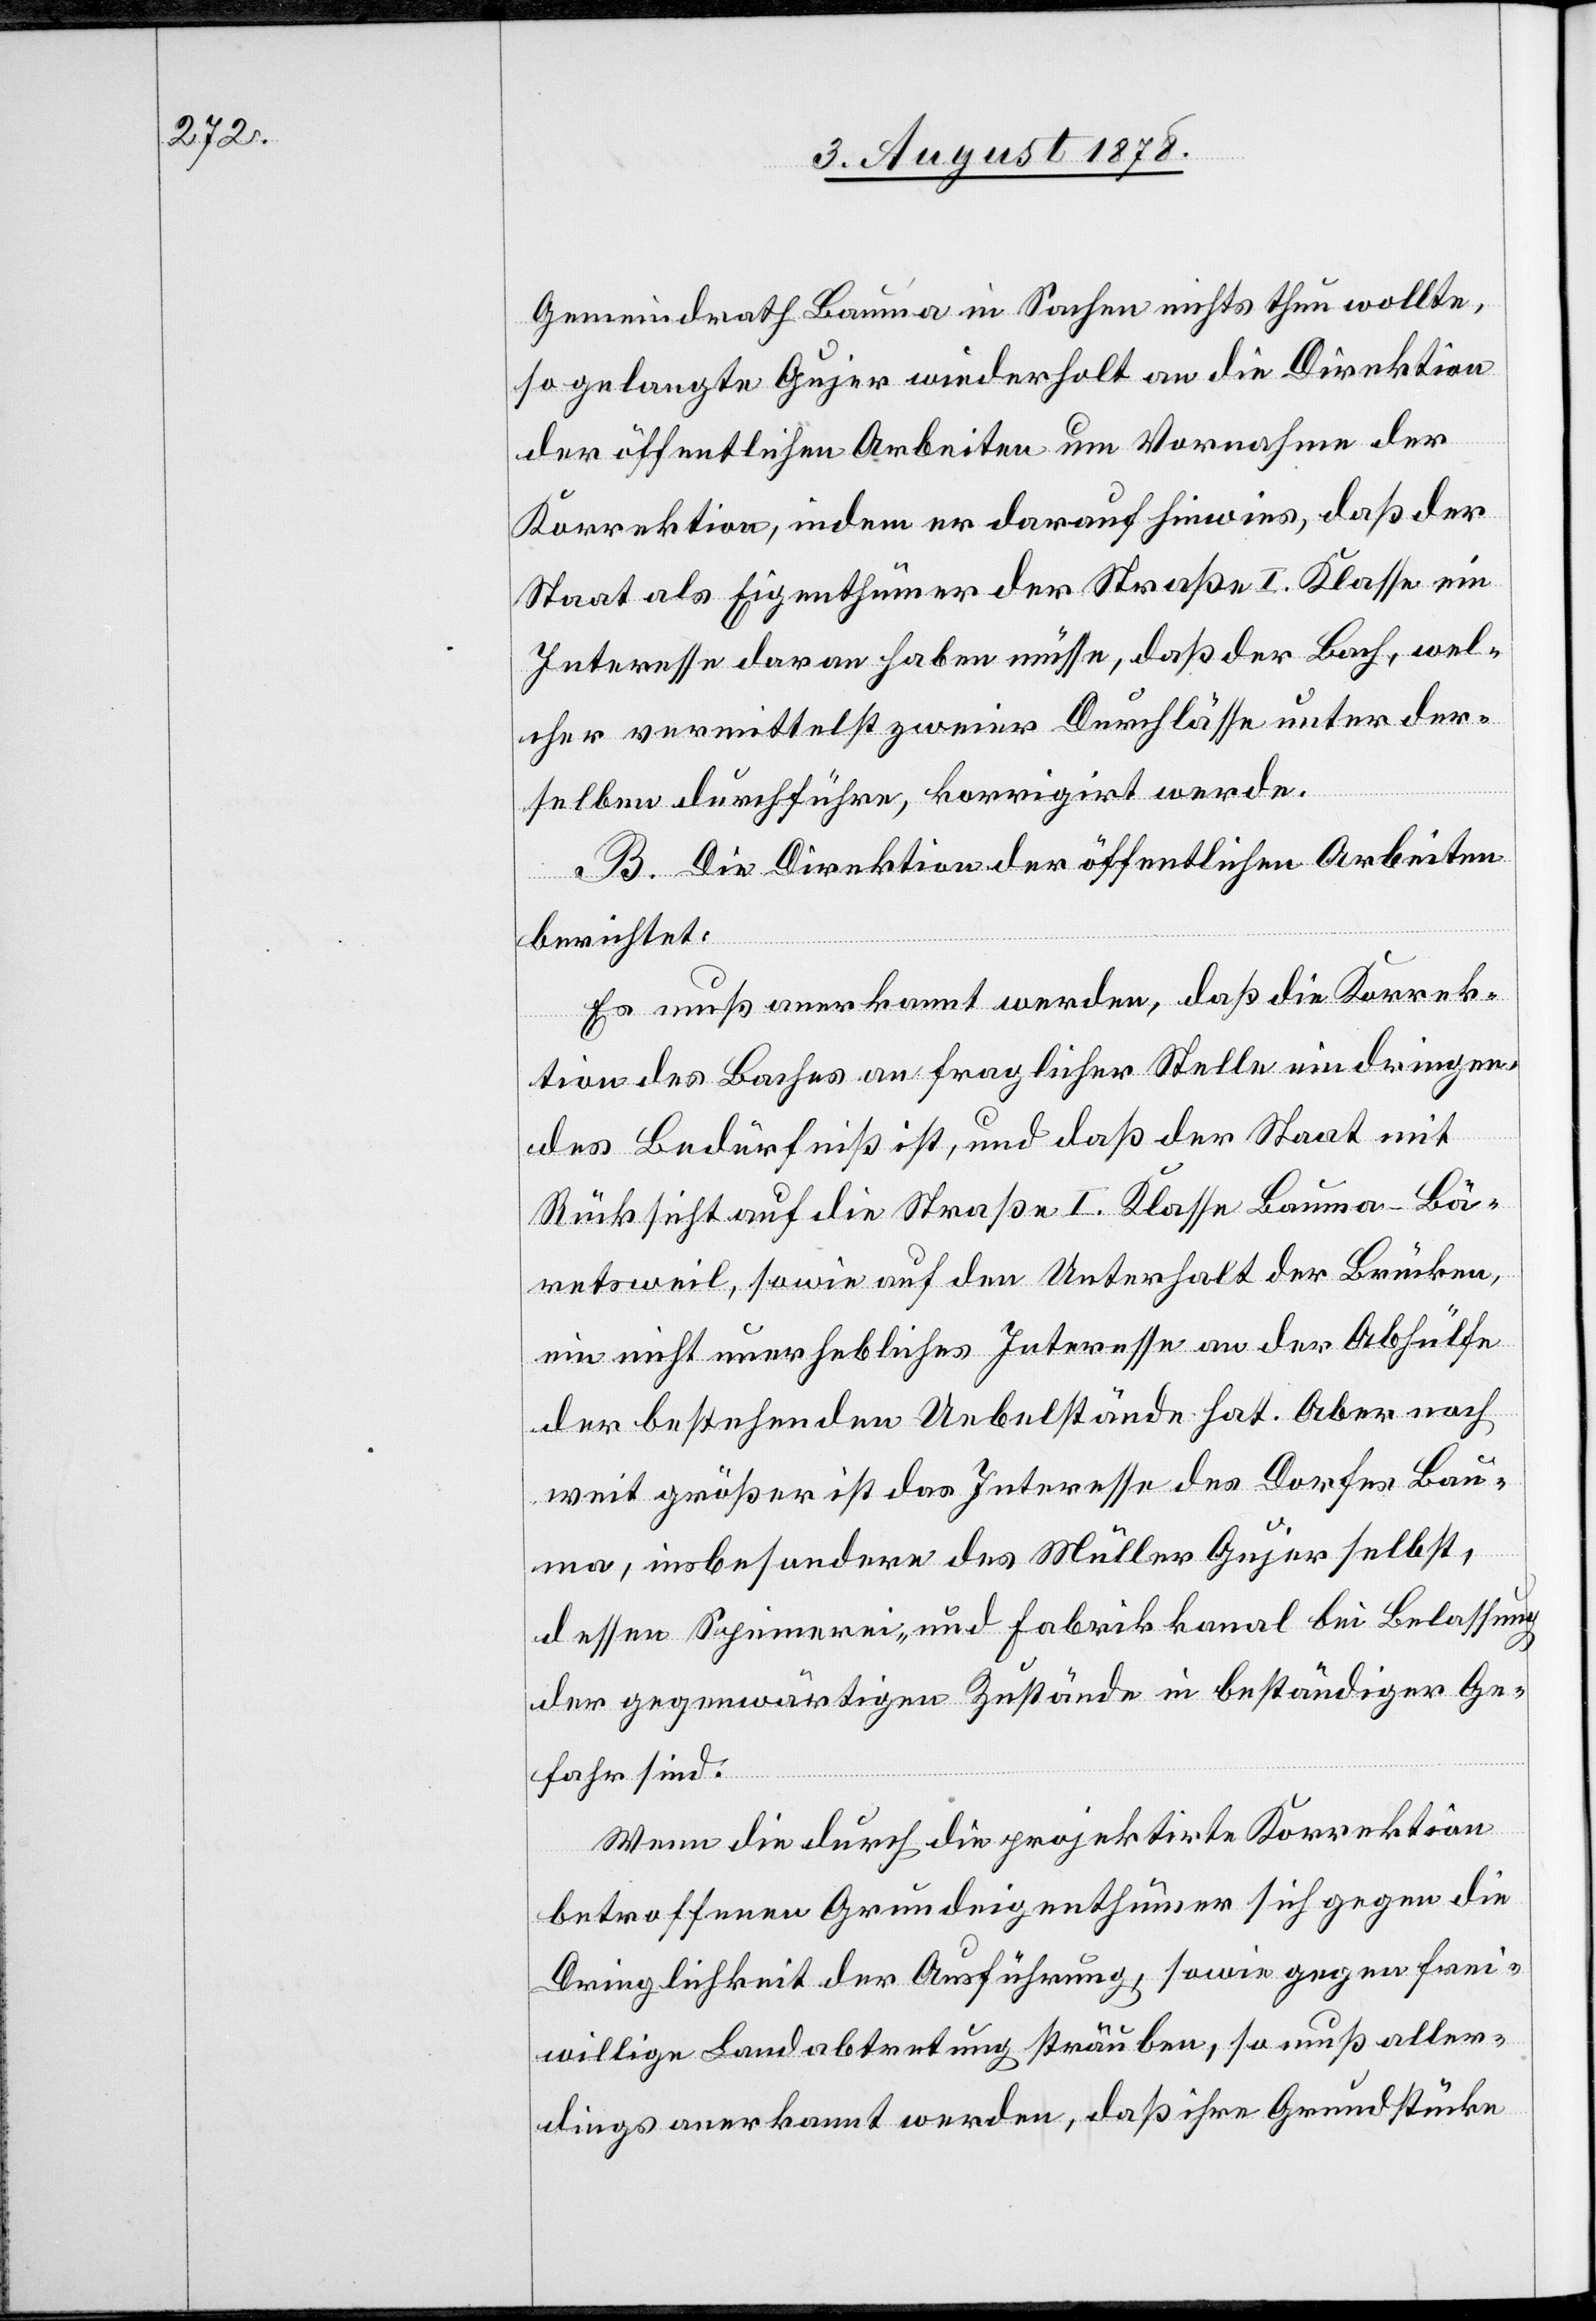
Gemeindrath Bauma in Sachen nichts thun wollte,
so gelangte Gujer wiederholt an die Direktion
der öffentlichen Arbeiten um Vornahme der
Korrektion, indem er darauf hinwies, daß der
Staat als Eigenthümer der Straße I. Klasse ein
Interesse daran haben müsse, daß der Bach, wel¬
cher vermittelst zweier Durchlässe unter der¬
selben durchführe, korrigiert werde.
B. Die Direktion der öffentlichen Arbeiten
berichtet:
Es muß anerkannt werden, daß die Korrek¬
tion des Baches an fraglicher Stelle ein dringen¬
des Bedürfniß ist, und daß der Staat mit
Rücksicht auf die Straße I. Klasse Bauma–Bä¬
retsweil, sowie auf den Unterhalt der Brücken,
ein nicht unerhebliches Interesse an der Abhülfe
der bestehenden Uebelstände hat. Aber noch
weit größer ist das Interesse des Dorfes Bau¬
ma, insbesondere des Müller Gujer selbst,
dessen Spinnerei- und Fabrikkanal bei Belassung
der gegenwärtigen Zustände in beständiger Ge¬
fahr sind.
Wenn die durch die projektirte Korrektion
betroffenen Grundeigenthümer sich gegen die
Dringlichkeit der Ausführung, sowie gegen frei¬
willige Landabtretung sträuben, so muß aller¬
dings anerkannt werden, daß ihre Grundstücke